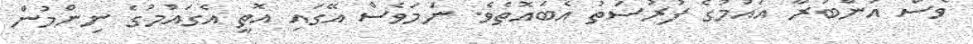
ވެސް އަންބުރާ އައުމުގެ ފުރުސަތު އެބައޮތެވެ. ނަމަވެސް އޭގައި އޮތީ އެގައުމުގެ ނިންމުން